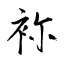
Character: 袮